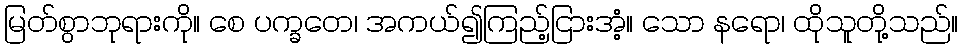
မြတ်စွာဘုရားကို။ စေ ပက္ခတေ၊ အကယ်၍ကြည့်ငြားအံ့။ သော နရော၊ ထိုသူတို့သည်။